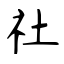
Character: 社